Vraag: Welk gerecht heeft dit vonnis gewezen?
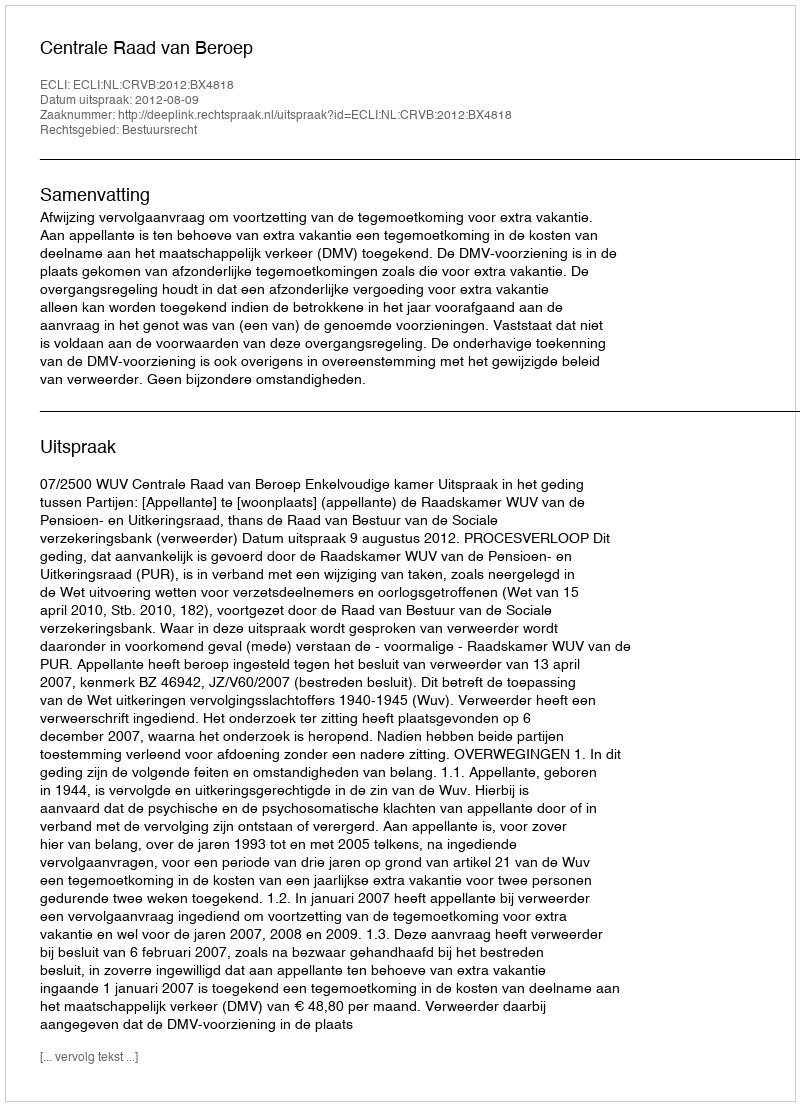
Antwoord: Centrale Raad van Beroep